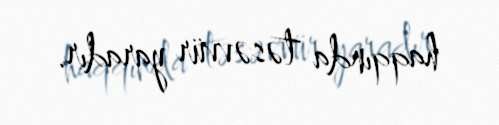
haqqında təsəvvür yaradır.